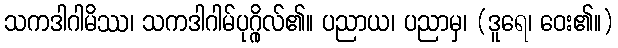
သကဒါဂါမိဿ၊ သကဒါဂါမ်ပုဂ္ဂိုလ်၏။ ပညာယ၊ ပညာမှ၊ (ဒူရေ၊ ဝေး၏။)